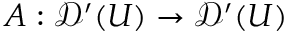
A : { \mathcal { D } } ^ { \prime } ( U ) \to { \mathcal { D } } ^ { \prime } ( U )